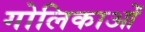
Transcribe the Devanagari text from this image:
गोलिकाओं